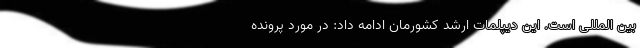
بین المللی است. این دیپلمات ارشد کشورمان ادامه داد: در مورد پرونده